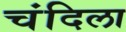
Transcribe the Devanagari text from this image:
चंदिला